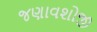
જણાવશોજી